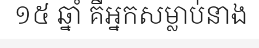
១៥ ឆ្នាំ គឺអ្នកសម្លាប់នាង